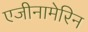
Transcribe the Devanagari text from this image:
एजीनामेरिन